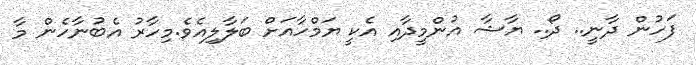
ފަހުން ދާނީ.. ދޯ.. ޔާޝާ އުންމީދާއި އެކީ ޔަމްހާއަށް ބަލާލިއެވެ.މިހާރު އެބުނާހެން މާ